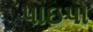
પાઇપો